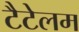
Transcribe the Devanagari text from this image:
टैटेलम